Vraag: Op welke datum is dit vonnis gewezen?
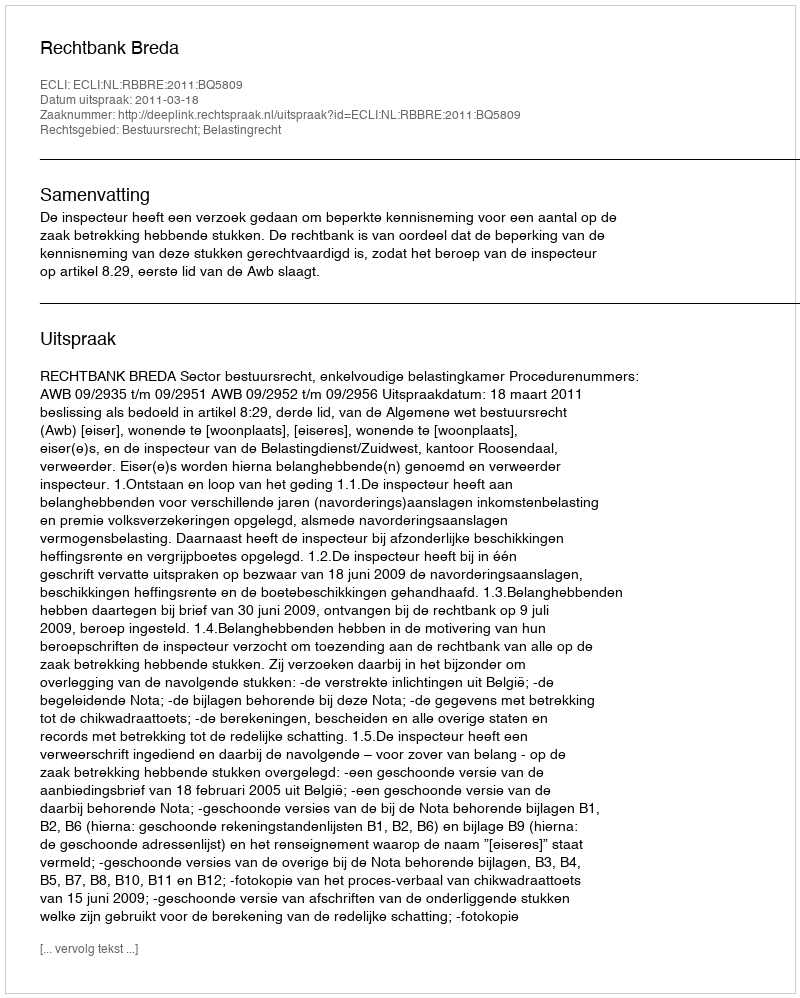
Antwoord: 2011-03-18